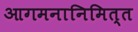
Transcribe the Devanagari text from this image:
आगमनानिमित्त